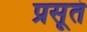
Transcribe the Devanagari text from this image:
प्रसूतं